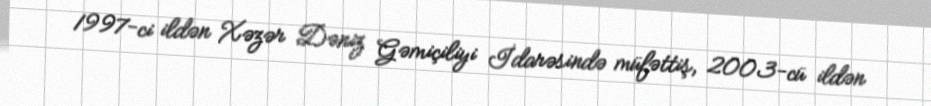
1997-ci ildən Xəzər Dəniz Gəmiçiliyi İdarəsində müfəttiş, 2003-cü ildən